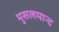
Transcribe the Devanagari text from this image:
मुसलमान्द